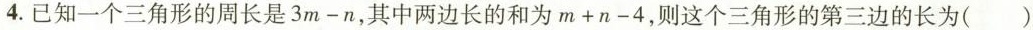
4.已知一个三角形的周长是3m-n,其中两边长的和为m+n-4,则这个三角形的第三边的长为（ ）